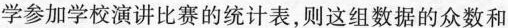
学参加学校演讲比赛的统计表，则这组数据的众数和